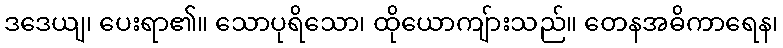
ဒဒေယျ၊ ပေးရာ၏။ သောပုရိသော၊ ထိုယောကျ်ားသည်။ တေနအဓိကာရေန၊